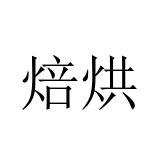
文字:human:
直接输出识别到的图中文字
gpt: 焙烘